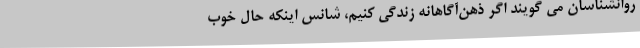
روانشناسان می گویند اگر ذهن‌آگاهانه زندگی کنیم، شانس اینکه حال خوب